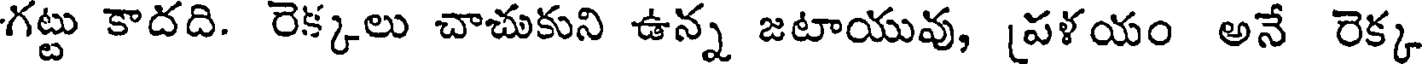
గట్టు కాదది. రెక్కలు చాచుకుని ఉన్న జటాయువు, [పళయం అనే రెక్క